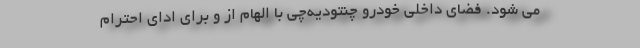
می شود. فضای داخلی خودرو چنتودیه‌چی با الهام از و برای ادای احترام